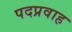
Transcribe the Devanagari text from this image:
पदप्रवाह